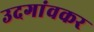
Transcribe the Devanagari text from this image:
उदगांवकर